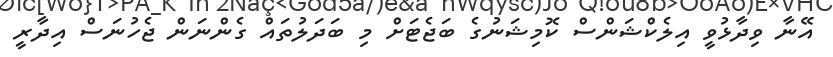
އޭނާ ވިދާޅުވީ އިލެކްޝަންސް ކޮމިޝަނުގެ ބަޖެޓަށް މި ބަދަލުތައް ގެންނަން ޖެހުނަސް އިދާރީ